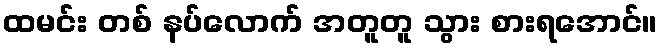
ထမင်း တစ် နပ်လောက် အတူတူ သွား စားရအောင်။